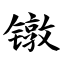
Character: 镦